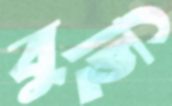
বুছি